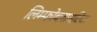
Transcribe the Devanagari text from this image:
लिम्फोब्लासटिक